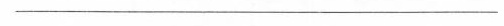
___